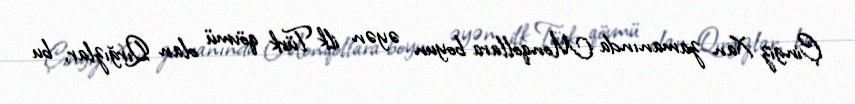
Çingiz Xan zamanında Monqollara boyun əyən ilk Türk qövmü olan Qırğızlar, bu